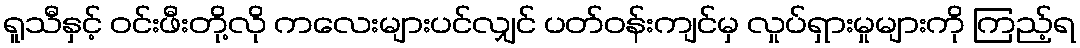
ရူသီနှင့် ဝင်းဖီးတို့လို ကလေးများပင်လျှင် ပတ်ဝန်းကျင်မှ လှုပ်ရှားမှုများကို ကြည့်ရ